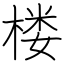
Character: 楼